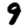
Digit: 9